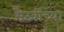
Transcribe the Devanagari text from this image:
भैरवींच्या